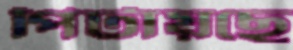
পিটায়ছে